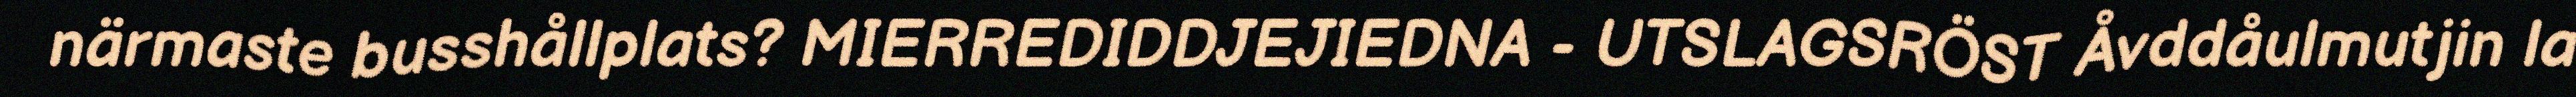
närmaste busshållplats? MIERREDIDDJEJIEDNA - UTSLAGSRÖST Åvddåulmutjin la